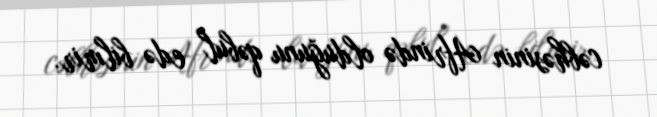
cəbhəsinin Afrində olduğunu qəbul edə bilmir.